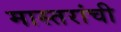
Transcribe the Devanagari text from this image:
मास्तरांची